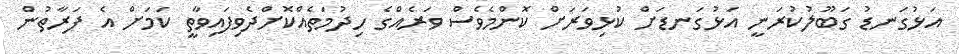
އަޅުގަނޑު ގަބޫލުކުރަނީ އަޅުގަނޑަށް ކުޅިވަރަށް ކޮންމެވެސް ވަރެއްގެ ހިދުމަތެއްކޮށްދެވިފައިވާތީ ކަމަށް އެ ފަރާތުން